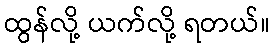
ထွန်လို့ ယက်လို့ ရတယ်။